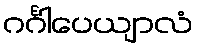
ဂင်္ဂါပေယျာလံ